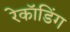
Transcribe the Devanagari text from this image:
रेकॉडिंग